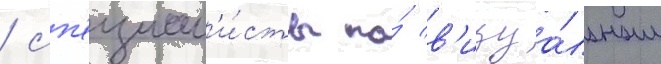
/ сп'ециал'и́сты по́ в'изуа́льным